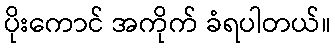
ပိုးကောင် အကိုက် ခံရပါတယ်။